65_HS1-834228961_62-HQ-83894_Section_5
Agency: FBI
Page 20
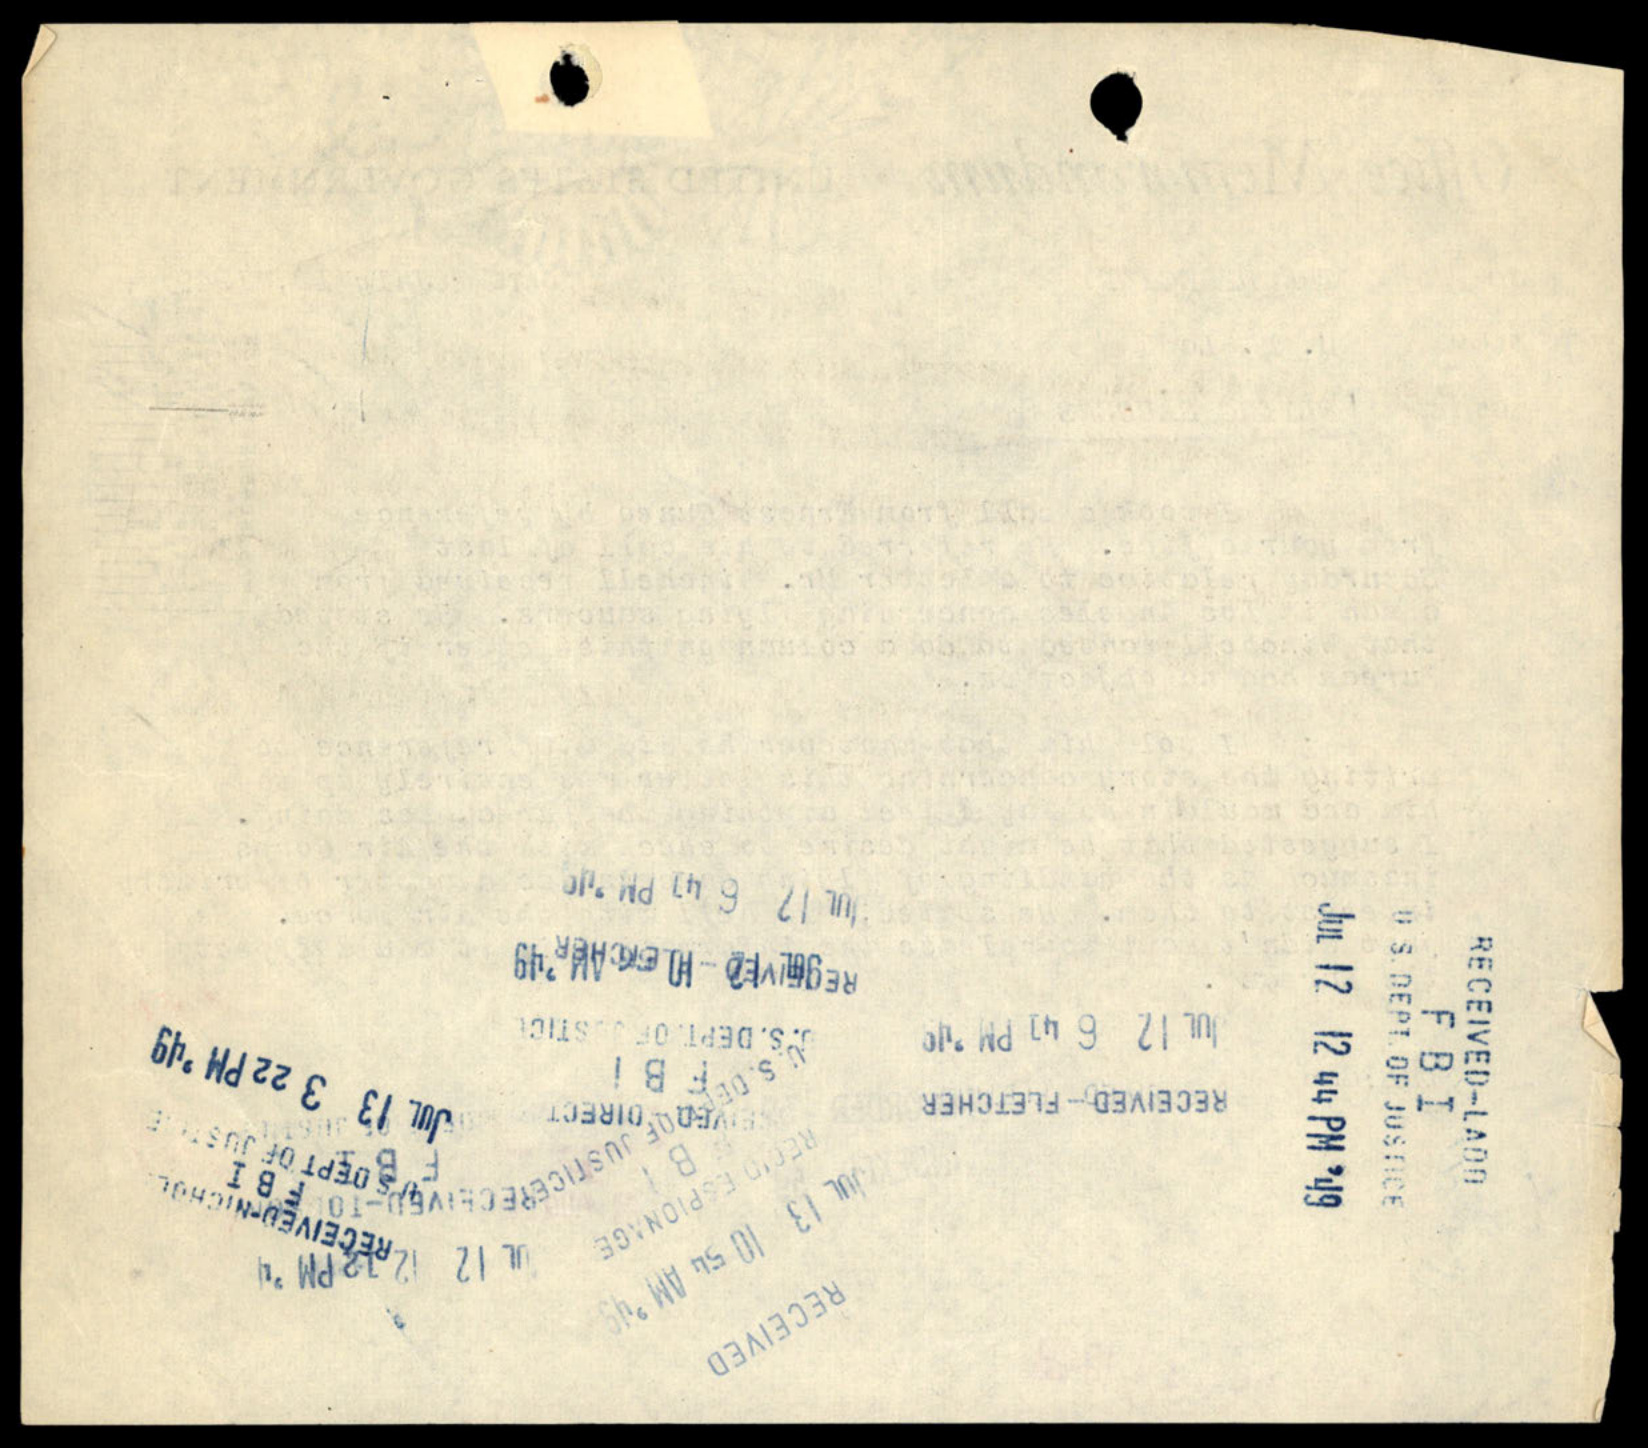